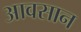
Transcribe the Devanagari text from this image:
आवसान